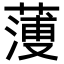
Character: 𦻈